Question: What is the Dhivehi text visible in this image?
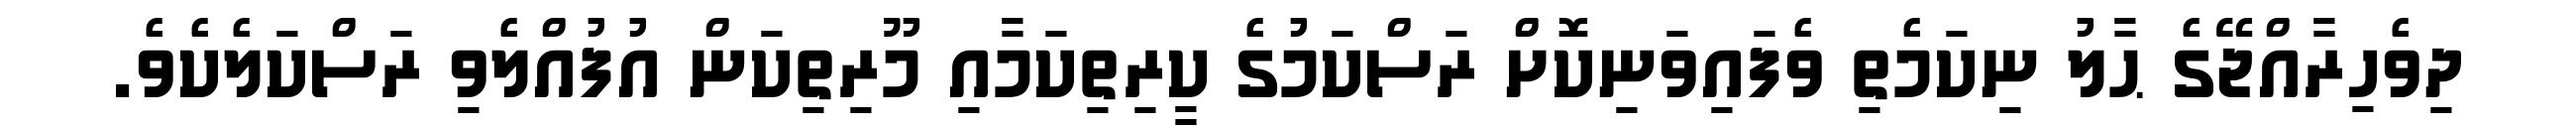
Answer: ދިވެހިރާއްޖޭގެ ޙާލު ނިކަމެތި ވެފައިވަނިކޮށް ރަސްކަމުގެ ކީރިތިކަމާއި މޫރިތިކަން އުފުއްލެވި ރަސްކަލެކެވެ.